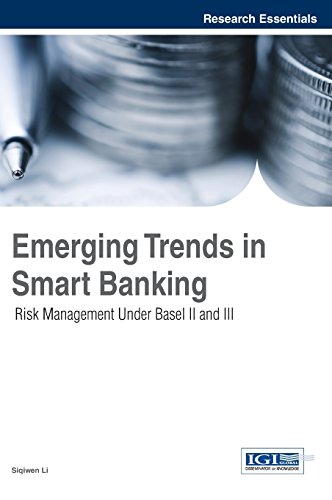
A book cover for Emerging Trends in Smart Banking: Risk Management Under Basel II and III; Siqiwen Li; Business & Money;